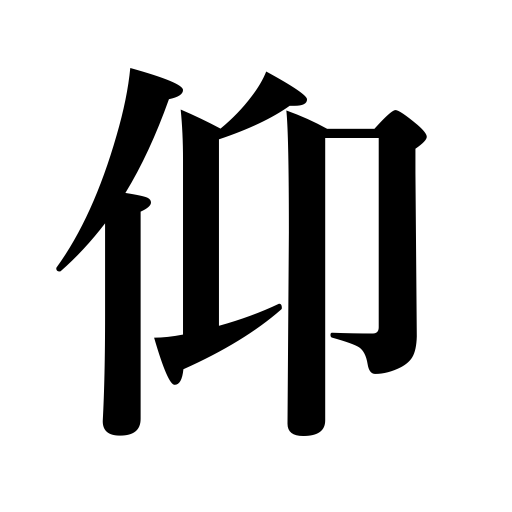
Meanings: command,respect,ask for,seek,drink,wishes of a superior,look up,revere,statement,take,look up to,depend on